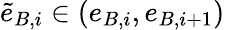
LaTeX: \tilde{e}_{B,i}\in(e_{B,i},e_{B,i+1})